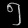
Digit: ၅